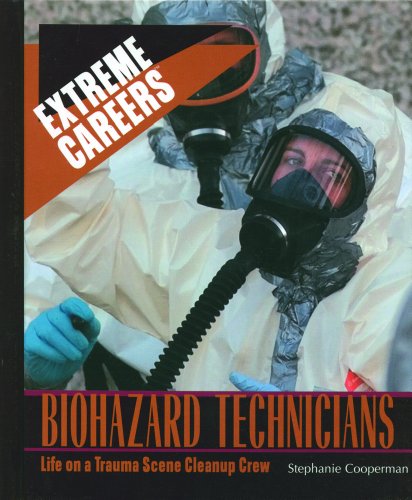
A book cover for Biohazard Technicians: Life on a Trauma Scene Cleanup Crew (Extreme Careers); Stephanie Cooperman; Science & Math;